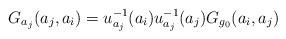
LaTeX: \begin{align*}G_{a_{j}}(a_{j},a_{i})=u_{a_{j}}^{-1}(a_{i})u_{a_{j}}^{-1}(a_{j})G_{g_{0}}(a_{i},a_{j})\end{align*}